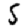
Digit: 5